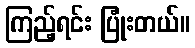
ကြည့်ရင်း ပြုံးတယ်။